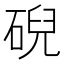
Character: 𥓋